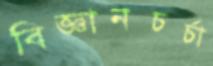
বিজ্ঞানচর্চা